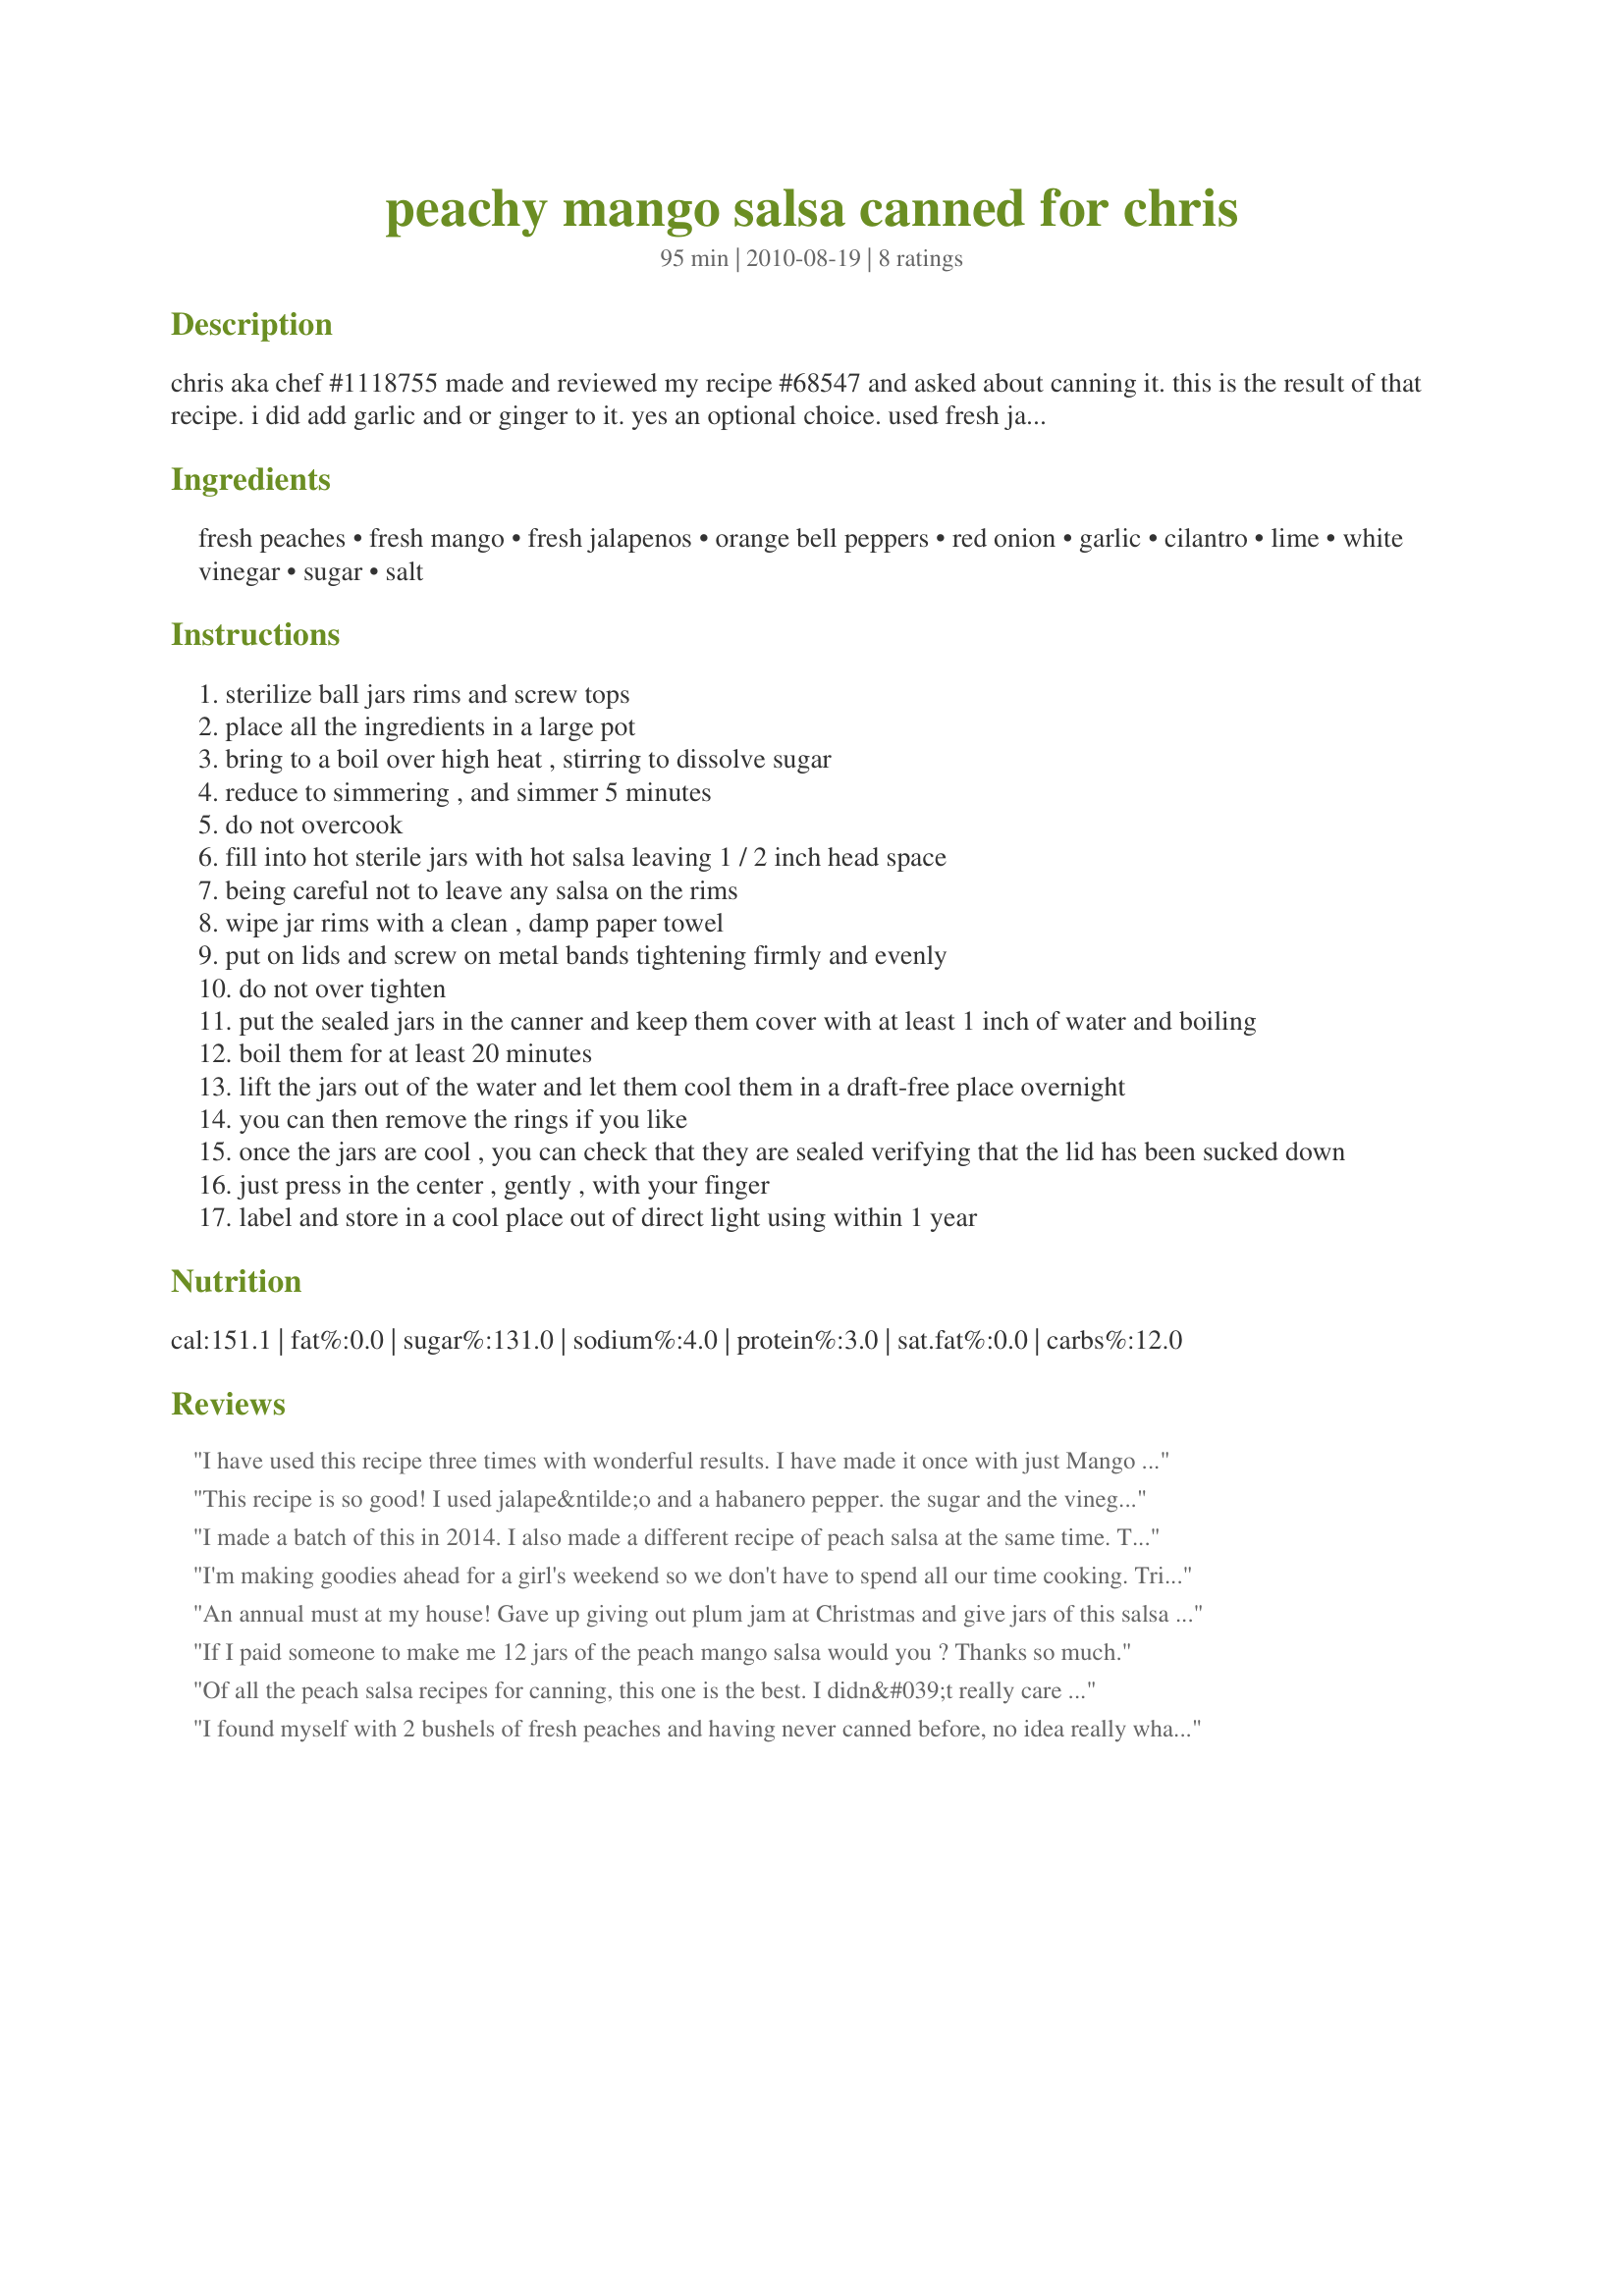
peachy mango salsa canned for chris
Preparation time: 95 minutes

chris aka chef #1118755 made and reviewed my recipe #68547 and asked about canning it. this is the result of that recipe. i did add garlic and or ginger to it. yes an optional choice. used fresh jalapenos in place of the canned green chilies. be sure not to use over ripe mango's, they need to be firm but fresh. if they are so soft you can't peel with a vegetable peeler they are too soft.

Ingredients:
fresh peaches, fresh mango, fresh jalapenos, orange bell peppers, red onion, garlic, cilantro, lime, white vinegar, sugar, salt

Steps:
sterilize ball jars rims and screw tops
place all the ingredients in a large pot
bring to a boil over high heat , stirring to dissolve sugar
reduce to simmering , and simmer 5 minutes
do not overcook
fill into hot sterile jars with hot salsa leaving 1 / 2 inch head space
being careful not to leave any salsa on the rims
wipe jar rims with a clean , damp paper towel
put on lids and screw on metal bands tightening firmly and evenly
do not over tighten
put the sealed jars in the canner and keep them cover with at least 1 inch of water and boiling
boil them for at least 20 minutes
lift the jars out of the water and let them cool them in a draft-free place overnight
you can then remove the rings if you like
once the jars are cool , you can check that they are sealed verifying that the lid has been sucked down
just press in the center , gently , with your finger
label and store in a cool place out of direct light using within 1 year

Reviews:
I have used this recipe three times with wonderful results. I have made it once with just Mango and twice with both Mango and Peaches...both delicious and a staple for our winter pleasure. It is a versatile recipe...add more lime juice, cilantro or garlic...add ginger in addition to the garlic...use white wine vinegar...use red peppers, green peppers and more jalepenos if you like it spicier. I will make this every year as soon as the peaches smell like peaches in the store and the mangoes are firm yet with just the right amount of give.
This recipe is so good! I used jalape&ntilde;o and a habanero pepper. the sugar and the vinegar help to cool it just enough. I canned half pints for 15 min and pints for 20 minutes. I do add 5 minutes for higher elivation , I'm above the 2000 ft.
I made a batch of this in 2014. I also made a different recipe of peach salsa at the same time. This wins, hands down! I'll never make the other.. or look for another peach/mango salsa recipe again! Thank you for sharing.
I'm making goodies ahead for a girl's weekend so we don't have to spend all our time cooking. Tried this salsa and it is awesome! So far have only tried the bit left over that didn't make a full jar (I got 10 1/2 jars), and it has a lot of heat and great flavor. There were no instructions on seeding the jalapenos, so seeded 2 of the jalapenos and left the seeds in for the other 2. Tried it with the ginger rather than the garlic, might try the garlic in the future; I can picture either variation as tasty. Made according to recipe except only had 2 tablespoons cilantro on hand. Pleased to have gotten some yummy gifts made as well as something wonderful to go with our chicken quesadillas for girls weekend.
An annual must at my house! Gave up giving out plum jam at Christmas and give jars of this salsa instead!!
If I paid someone to make me 12 jars of the peach mango salsa would you ? Thanks so much.
Of all the peach salsa recipes for canning, this one is the best. I didn&#039;t really care for it on tortilla chips, but my next door neighbor is absolutely wild for this salsa. He has eaten 4 pints of it already. He doesn&#039;t put it on anything, just eats it right out of the jar with a spoon. He noticed that the jalapenos mellowed over time and didn&#039;t have quite the kick they had on the first and second jars. So, I would give it 3 stars, but my neighbor would give it 5, so I put down 4.
I found myself with 2 bushels of fresh peaches and having never canned before, no idea really what to do with them. Among my jam and fresh sliced peaches, I created a double batch of this. It is EXCELLENT! Even my 73 year old Portuguese fil loved it! It was so good my husband didn't want me to take any to work to share--he wanted to save it for us. :)<br/><br/>I made mine with the garlic vs. the ginger. I have no complaints with the recipe as is. My fil said it was a bit spicier than he is used to, so if you are sensitive to heat, watch the jalapenos (& seeds). I think this would be lovely on top of some grilled chicken or mixed with some cream cheese to make a super simple dip. <br/><br/>I send a million thank yous to the poster of this recipe...and for Chris who requested a canned version. Thank you!!!<br/><br/><3 K
